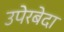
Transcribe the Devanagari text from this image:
उपेरबेदा